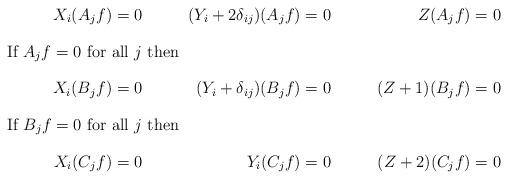
LaTeX: \begin{align*} X_i(A_j f) & = 0 & (Y_i + 2\delta_{ij}) (A_j f) & = 0 & Z (A_j f) & = 0\intertext{If $A_j f = 0$ for all $j$ then} X_i(B_jf) & = 0 & (Y_i + \delta_{ij}) (B_j f) & = 0 & (Z+1) (B_j f) & = 0\intertext{If $B_j f = 0$ for all $j$ then} X_i (C_j f) & = 0 & Y_i(C_j f) & = 0 & (Z+2) (C_j f) & = 0\end{align*}